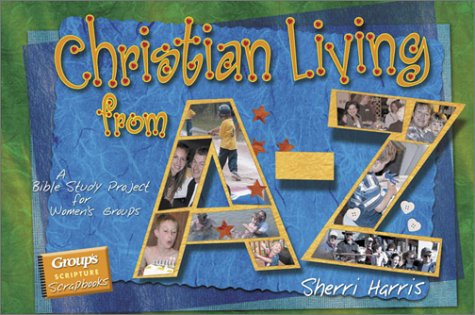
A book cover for Christian Living From A-Z: A Bible Study Project For Women's Groups With Book (Group's Scripture Scrapbooks); Sherri Harris; Religion & Spirituality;